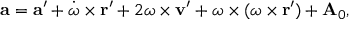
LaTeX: \mathbf { a } = \mathbf { a } ^ { \prime } + { \dot { \boldsymbol { \omega } } } \times \mathbf { r } ^ { \prime } + 2 { \boldsymbol { \omega } } \times \mathbf { v } ^ { \prime } + { \boldsymbol { \omega } } \times ( { \boldsymbol { \omega } } \times \mathbf { r } ^ { \prime } ) + \mathbf { A } _ { 0 } ,